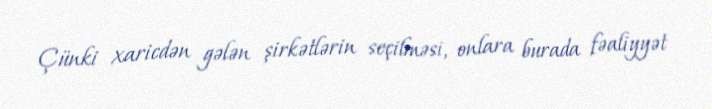
Çünki xaricdən gələn şirkətlərin seçilməsi, onlara burada fəaliyyət